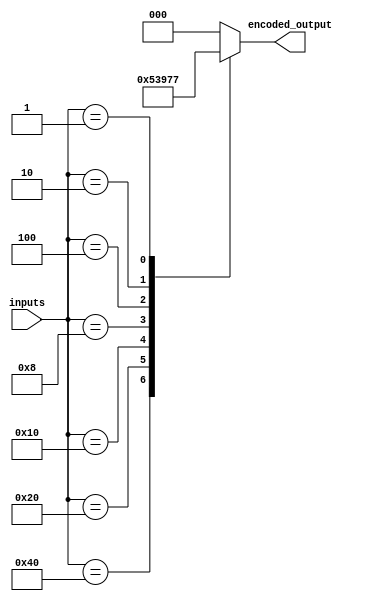
module priority_encoder_decoder (
    input [7:0] inputs,
    output reg [2:0] encoded_output
);

// Priority encoder
always @*
begin
    case(inputs)
        8'b10000000: encoded_output = 3'b000; // highest priority
        8'b01000000: encoded_output = 3'b001;
        8'b00100000: encoded_output = 3'b010;
        8'b00010000: encoded_output = 3'b011;
        8'b00001000: encoded_output = 3'b100;
        8'b00000100: encoded_output = 3'b101;
        8'b00000010: encoded_output = 3'b110;
        8'b00000001: encoded_output = 3'b111; // lowest priority
        default: encoded_output = 3'b000; // default to highest priority
    endcase
end

endmodule